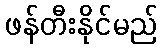
ဖန်တီးနိုင်မည်